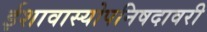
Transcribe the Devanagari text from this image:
ईशावास्योपनिषदावरी